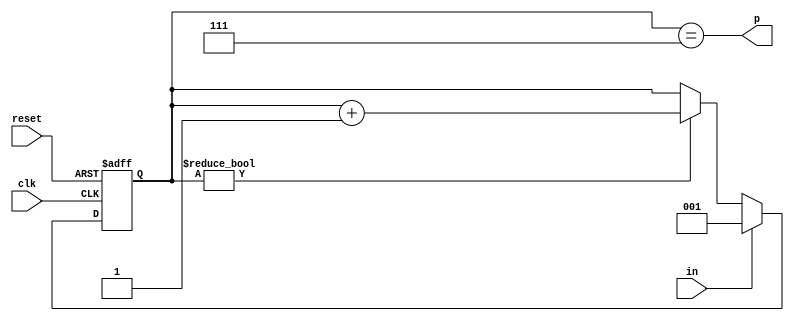
module dly150ns(input clk, input reset, input in, output p);
	reg [3-1:0] r;
	always @(posedge clk or posedge reset) begin
		if(reset)
			r <= 0;
		else begin
			if(r)
				r <= r + 3'b1;
			if(in)
				r <= 1;
		end
	end
	assign p = r == 7;
endmodule